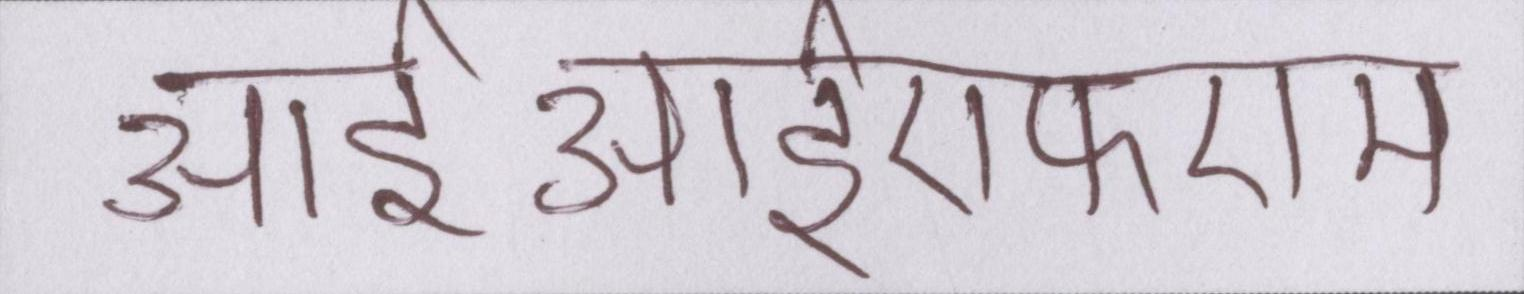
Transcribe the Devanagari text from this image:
आईआईएफएम